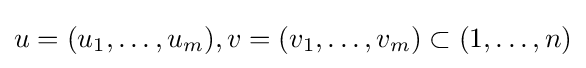
u=(u_{1},\dots ,u_{m}),v=(v_{1},\dots ,v_{m})\subset (1,\dots ,n)